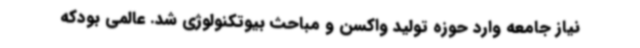
نیاز جامعه وارد حوزه تولید واکسن و مباحث بیوتکنولوژی شد. عالمی بودکه